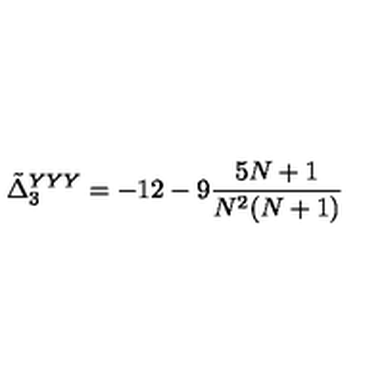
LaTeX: \tilde { \Delta } _ { 3 } ^ { Y Y Y } = - 1 2 - 9 { \frac { 5 N + 1 } { N ^ { 2 } ( N + 1 ) } }